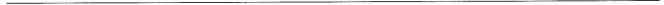
___